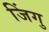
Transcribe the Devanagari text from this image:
जिंगु